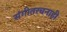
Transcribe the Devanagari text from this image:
संगीतरचनाही